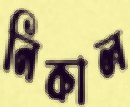
নিকাল